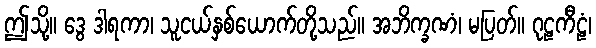
ဤသို့။ ဒွေ ဒါရကာ၊ သူငယ်နှစ်ယောက်တို့သည်။ အဘိက္ခဏံ၊ မပြတ်။ ဂုဠကီဠံ၊